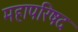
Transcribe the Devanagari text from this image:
महापरिषद